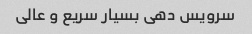
سرویس دهی بسیار سریع و عالی